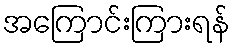
အကြောင်းကြားရန်